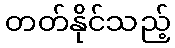
တတ်နိုင်သည့်